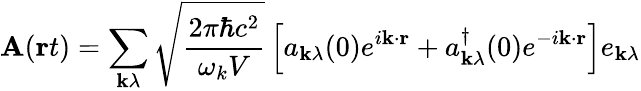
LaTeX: \mathbf{A}(\mathbf{r}t)=\sum_{\mathbf{k}\lambda}{\sqrt{\frac{2\pi\hbar c^{2}}{\omega_{k}V}}}\left[a_{\mathbf{k}\lambda}(0)e^{i\mathbf{k}\cdot\mathbf{r}}+a_{\mathbf{k}\lambda}^{\dagger}(0)e^{-i\mathbf{k}\cdot\mathbf{r}}\right]e_{\mathbf{k}\lambda}